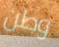
وطن